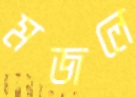
মজলে